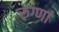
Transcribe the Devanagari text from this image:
रुग्णां